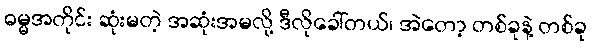
ဓမ္မအတိုင်း ဆုံးမတဲ့ အဆုံးအမလို့ ဒီလိုခေါ်တယ်၊ အဲတော့ တစ်ခုနဲ့ တစ်ခု